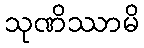
သုဏိဿာမိ